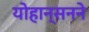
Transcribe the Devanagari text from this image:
योहान्सनने